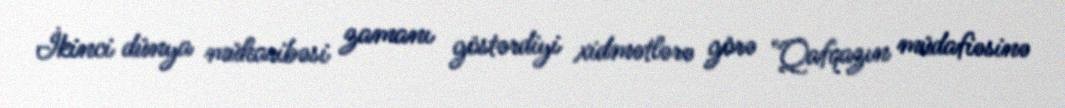
İkinci dünya müharibəsi zamanı göstərdiyi xidmətlərə görə "Qafqazın müdafiəsinə